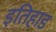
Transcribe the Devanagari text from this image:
इतिहाड